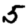
Digit: 5